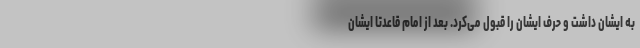
به ایشان داشت و حرف ایشان را قبول می‌کرد. بعد از امام قاعدتا ایشان